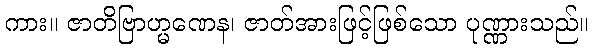
ကား။ ဇာတိဗြာဟ္မဏေန၊ ဇာတ်အားဖြင့်ဖြစ်သော ပုဏ္ဏားသည်။